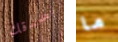
نصدقك ما